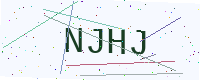
Text: NJHJ